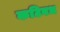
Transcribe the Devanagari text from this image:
कटिबध